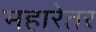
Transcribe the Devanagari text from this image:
महारेतर